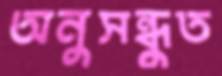
অনুসন্ধুত